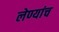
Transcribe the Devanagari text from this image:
लेण्यांच